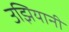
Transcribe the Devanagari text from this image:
उझियानी